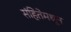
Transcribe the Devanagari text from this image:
संहितेमधून